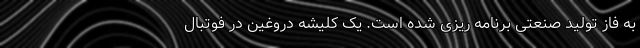
به فاز تولید صنعتی برنامه ریزی شده است. یک کلیشه دروغین در فوتبال